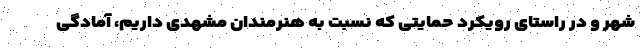
شهر و در راستای رویکرد حمایتی که نسبت به هنرمندان مشهدی داریم، آمادگی